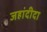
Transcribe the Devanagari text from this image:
जहांदीदा